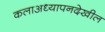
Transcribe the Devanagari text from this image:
कलाअध्यापनदेखील